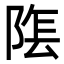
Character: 𮥏